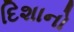
દિશાનો